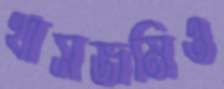
খাসজমিও